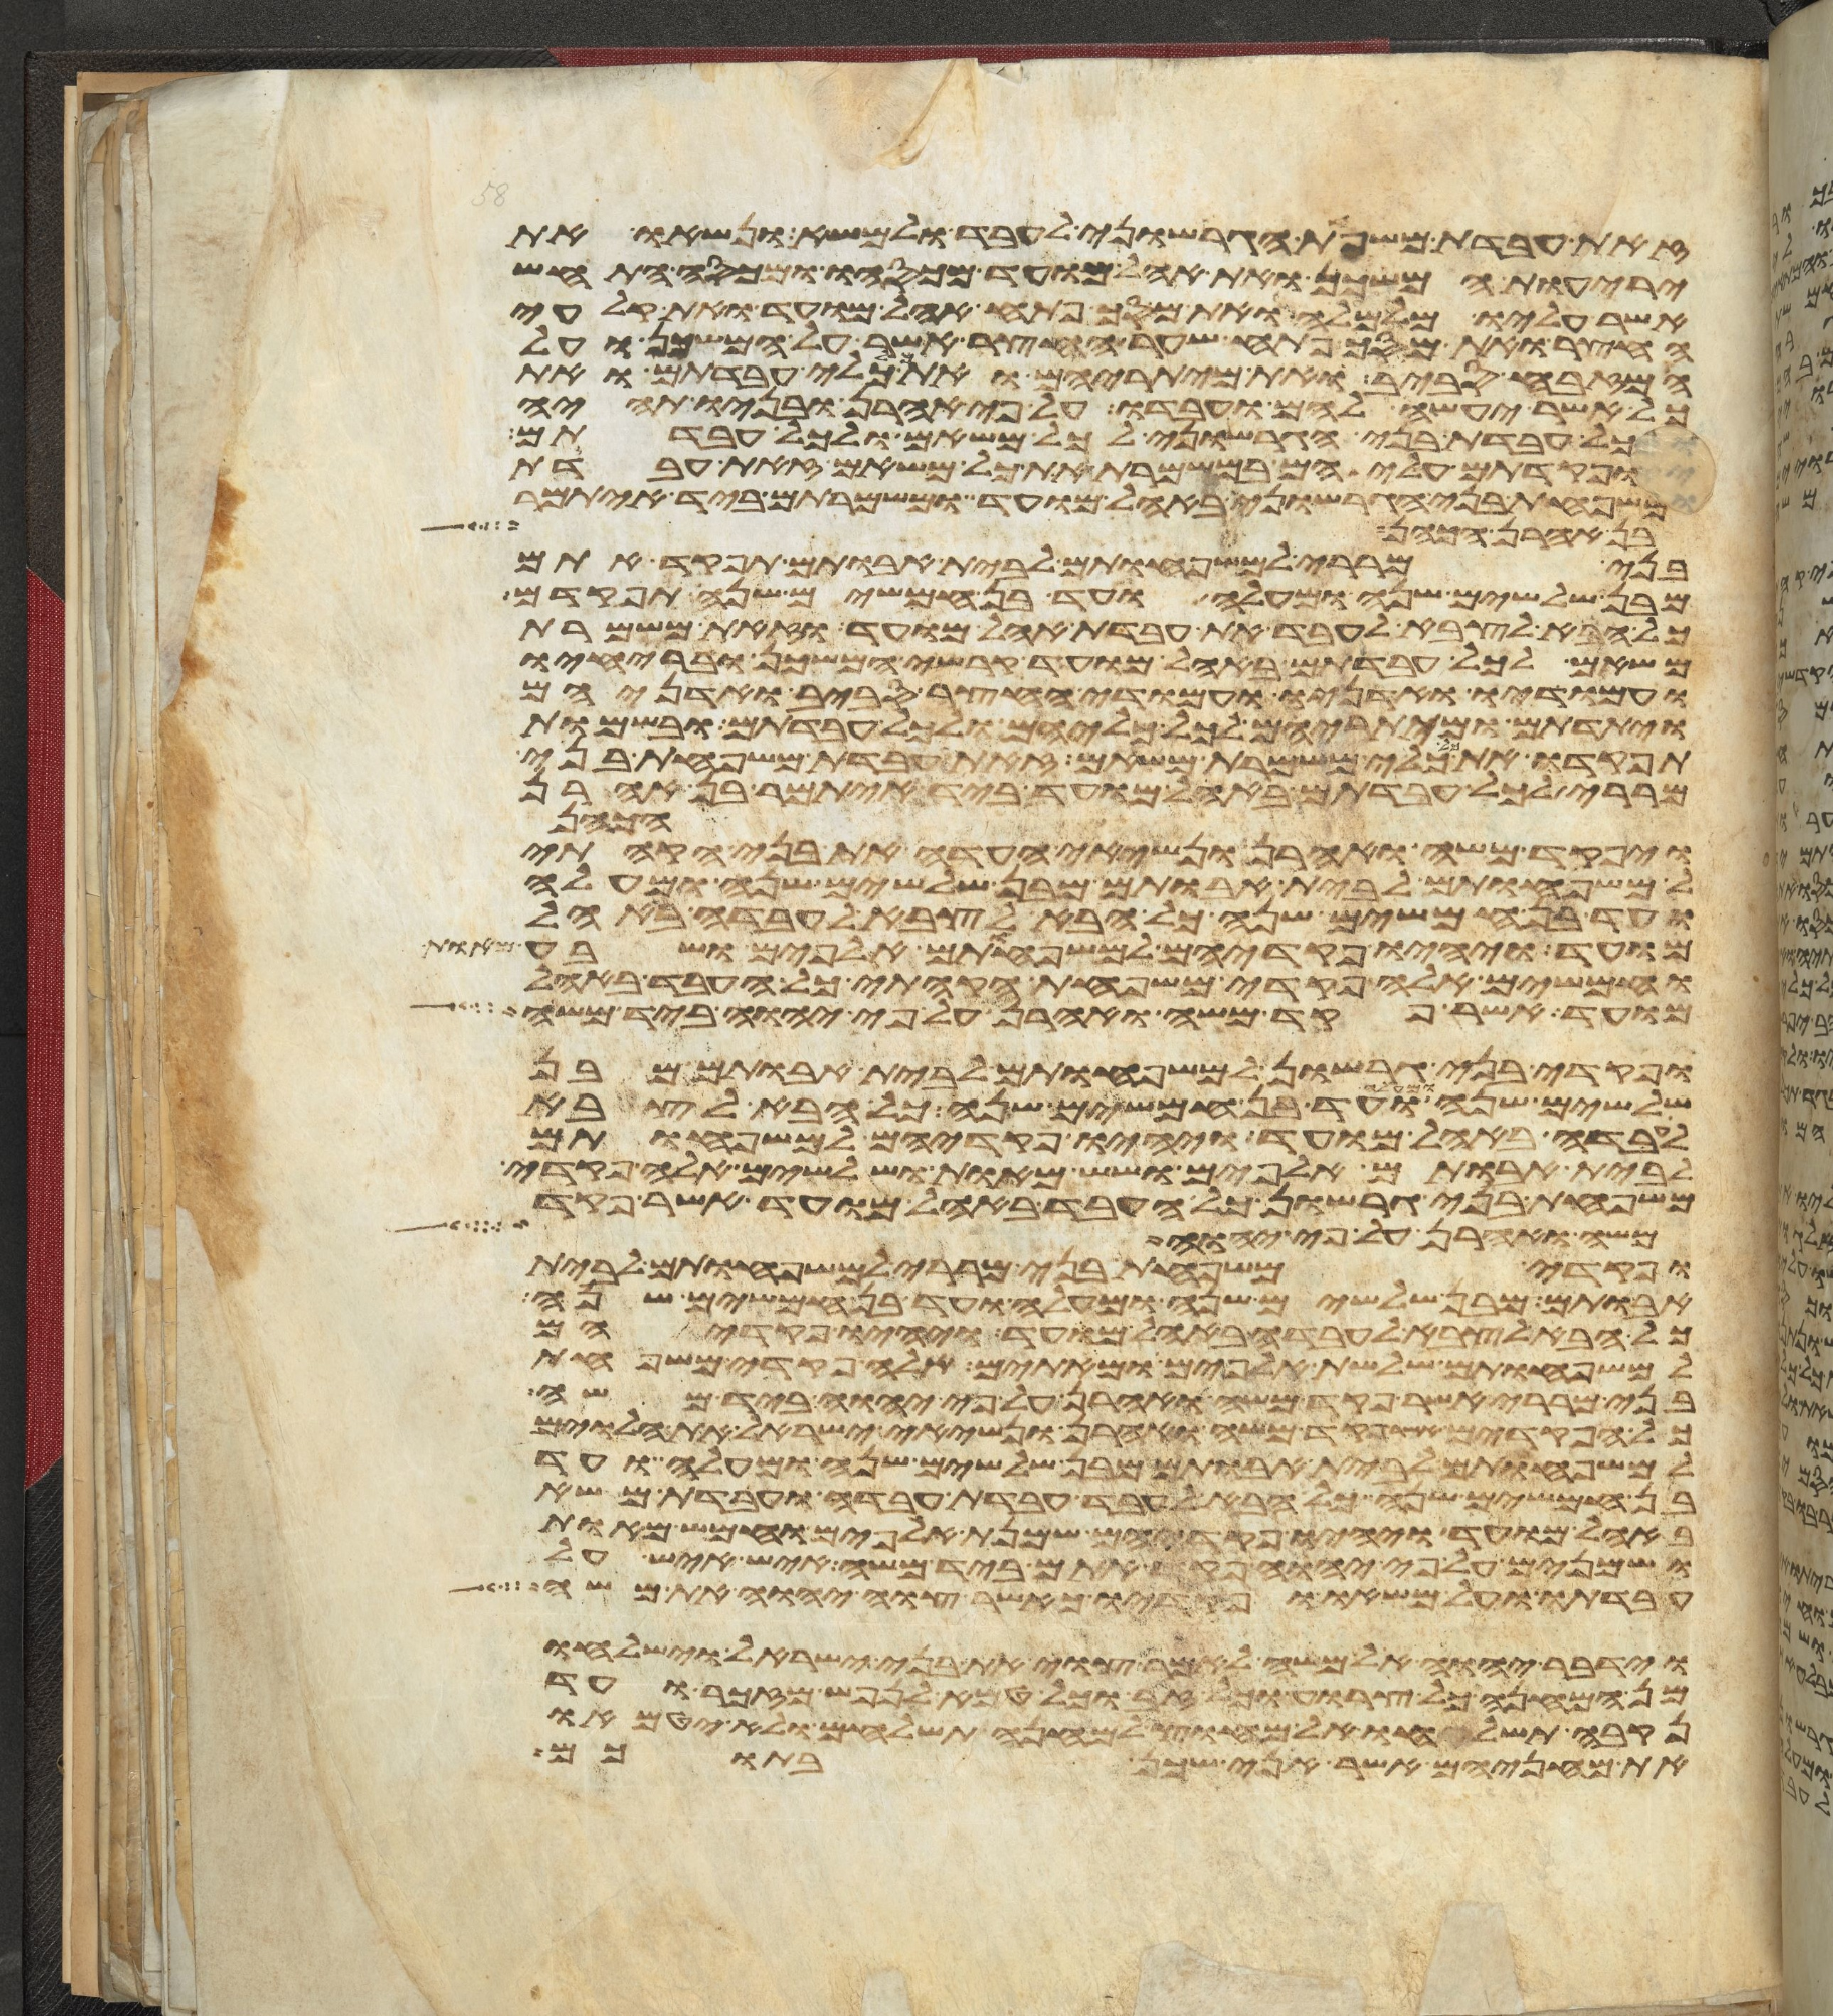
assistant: זאת עבדת משפחת הגרשוני לעבד ולמשא ונשאו את
יריעות המשכן ואת אהל מועד מכסהו ומכסה התחש
אשר עליו מלמעלה ואת מסך פתח אהל מועד ואת קלעי
החצר ואת מסך פתח שער החצר אשר על המשכן ועל
המזבח סביב ואת מיתריהם ואת כל כלי עבדתם ואת
כל אשר יעשה להם ועבדו על פי אהרן ובניו תהיה
כל עבדת בני הגרשוני לכל משאם ולכל עבדתם
ופקדתם עליהם במשמרת את כל משאם זאת עבדת
משפחת בני הגרשוני באהל מועד ומשמרתם ביד איתמר
בן אהרן הכהן
בני מררי למשפחותם לבית אבותם תפקד אתם
מבן שלשים שנה ומעלה ועד בן חמשים שנה תפקדם
כל הבא לצבא לעבד את עבדת אהל מועד וזאת משמרת
משאם לכל עבדתם באהל מועד קרשי המשכן ובריחיו
ועמודיו ואדניו ועמודי החצר סביב ואדניהם
ויתדתם ומיתריהם לכל כליהם ולכל עבדתם ובשמות
תפקדו את כל כלי משמרת משאם זאת עבדת משפחת בני
מררי לכל עבדתם באהל מועד ביד איתמר בן אהרן
הכהן
ויפקד משה ואהרן ונשיאי העדה את בני הקהתי
למשפחותם לבית אבותם מבן שלשים שנה ומעלה
ועד בן חמשים שנה כל הבא לצבא לעבדה באהל
מועד ויהיו פקדיהם למשפחותם אלפים ושבע מאות
וחמשים אלה פקדי משפחת הקהתי כל העבד באהל
מועד אשר פקד משה ואהרן על פי יהוה ביד משה
ופקדי בני גרשון למשפחותם לבית אבותם מבן
שלשים שנה ומעלה ועד בן חמשים שנה כל הבא לצבא
לעבדה באהל מועד ויהיו פקדיהם למשפחותם
לבית אבותם אלפים ושש מאות ושלשים אלה פקדי
משפחת בני גרשון כל העבד באהל מועד אשר פקד
משה ואהרן על פי יהוה
ופקדי משפחת בני מררי למשפחותם לבית
אבותם מבן שלשים שנה ומעלה ועד בן חמשים שנה
כל הבא לצבא לעבדה באהל מועד ויהיו פקדיהם
למשפחותם שלשת אלפים ומאתים אלה פקדי משפחת
בני מררי אשר פקד משה ואהרן על פי יהוה ביד משה
כל הפקדים אשר פקד משה ואהרן ונשיאי ישראל את הלוים
למשפחותם לבית אבותם מבן שלשים שנה ומעלה ועד
בן חמשים שנה כל הבא לעבד עבדת עבדה ועבדת משא
באהל מועד ויהיו פקדיהם שמנת אלפים וחמש מאות
ושמנים על פי יהוה פקד אתם ביד משה איש איש על
עבדתו ועל משאו ופקדיו כאשר צוה יהוה את משה
וידבר יהוה אל משה לאמר צוי את בני ישראל וישלחו
מן המחנה כל צרוע וכל זב וכל טמא לנפש מזכר ועד
נקבה תשלחו אל מחוץ למחנה תשלחום ולא יטמאו
את מחניהם אשר אני שכן בתוכם